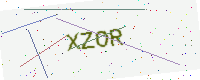
Text: XZOR